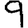
Digit: 9